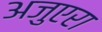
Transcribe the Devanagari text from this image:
अजुएरा